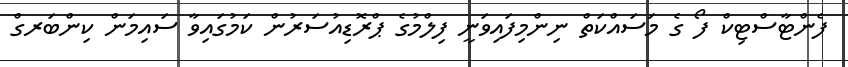
ފެންޓާސްޓިކް ފޯ ގެ މަސައްކަތް ނިންމިފައިވަނީ ފިލްމުގެ ޕްރޮޑިއުސަރުން ކަމުގައިވާ ސައިމަން ކިންބަރގް